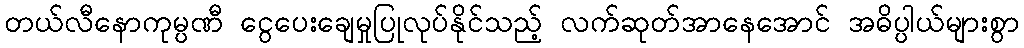
တယ်လီနောကုမ္ပဏီ ငွေပေးချေမှုပြုလုပ်နိုင်သည့် လက်ဆုတ်အာနေအောင် အဓိပ္ပါယ်များစွာ